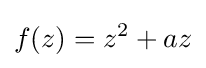
f(z)=z^{2}+az